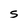
Character: S